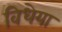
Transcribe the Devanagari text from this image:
विधेया